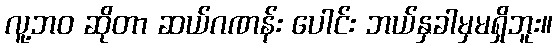
လူ့ဘဝ ဆိုတာ ဆယ်ဂဏန်း ပေါင်း ဘယ်နှခါမှမရှိဘူး။